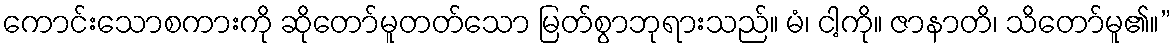
ကောင်းသောစကားကို ဆိုတော်မူတတ်သော မြတ်စွာဘုရားသည်။ မံ၊ ငါ့ကို။ ဇာနာတိ၊ သိတော်မူ၏။”